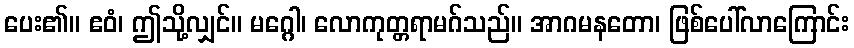
ပေး၏။ ဧဝံ၊ ဤသို့လျှင်။ မဂ္ဂေါ၊ လောကုတ္တရာမဂ်သည်။ အာဂမနတော၊ ဖြစ်ပေါ်လာကြောင်း